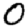
Digit: 0